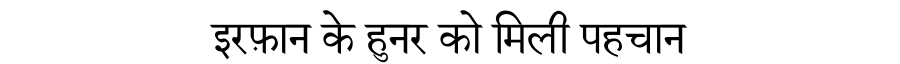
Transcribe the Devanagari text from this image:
इरफ़ान के हुनर को मिली पहचान